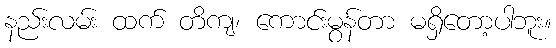
နည်းလမ်း ထက် တိကျ၊ ကောင်းမွန်တာ မရှိတော့ပါဘူး။